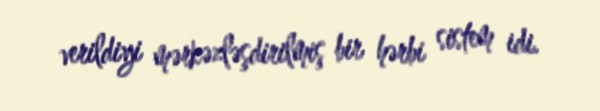
verildiyi mərkəzləşdirilmiş bir hərbi sistem idi.